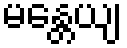
မန္တေယျ